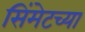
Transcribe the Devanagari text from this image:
सिंमेटच्या